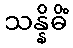
သန္နိဓိံ